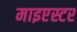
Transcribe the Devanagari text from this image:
माइएस्टर